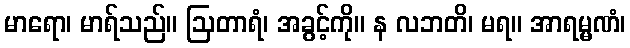
မာရော၊ မာရ်သည်။ ဩတာရံ၊ အခွင့်ကို။ န လဘတိ၊ မရ။ အာရမ္မဏံ၊